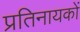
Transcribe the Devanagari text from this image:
प्रतिनायकों